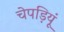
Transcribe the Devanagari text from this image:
चेपड़ियूं